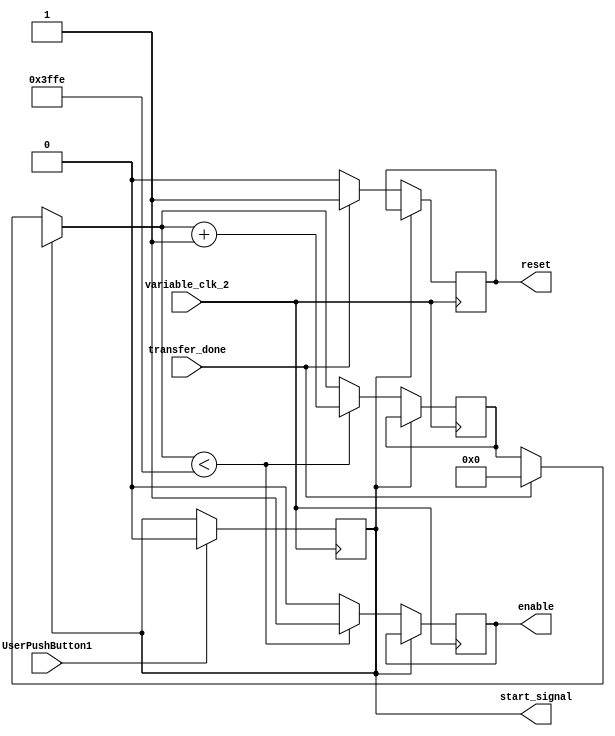
// max freq: 357MHz

module ctr_block
#(
	parameter address_width = 14,
	parameter max_ram_address = 16384,
	parameter burst_index = 8
)

(
	UserPushButton1,
	variable_clk_2,
	enable,
	reset,
	start_signal,
	transfer_done
);

	input wire UserPushButton1;
	input wire transfer_done;
	input wire variable_clk_2;
	reg [address_width-1:0] counter;
	output reg enable;
	output reg reset;
	output reg start_signal;
	
	
	initial begin
		counter = {address_width{1'b0}};
		enable = 1'b0;
		reset = 1'b0;
//		pll_rst = 1'b0;
//		enable_3 = 1'b0;
		start_signal <= 1'b1;
	end

	
	always @ (posedge variable_clk_2)
	begin : ctrl_block
		if (UserPushButton1) begin
			start_signal <= 1'b0;
		end
		if (start_signal == 1'b0) begin
			if (reset == 1'b1) begin
				reset = 1'b0;
			end
			if (transfer_done) begin
				counter = {address_width{1'b0}};
				reset = 1'b1;
			end
			if (counter < max_ram_address-2) begin
				counter = counter + {{(address_width-1){1'b0}}, 1'b1};
				enable = 1'b1;
			end
			else begin
				enable = 1'b0;
			end
		end
	end

	
endmodule